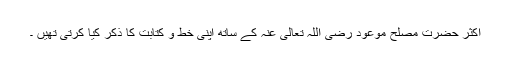
اکثر حضرت مصلح موعود رضی اللہ تعالیٰ عنہ کے ساتھ اپنی خط و کتابت کا ذکر کیا کرتی تھیں ۔